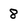
Character: 8